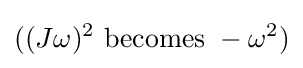
((J\omega )^{2}{\text{ becomes }}-\omega ^{2})